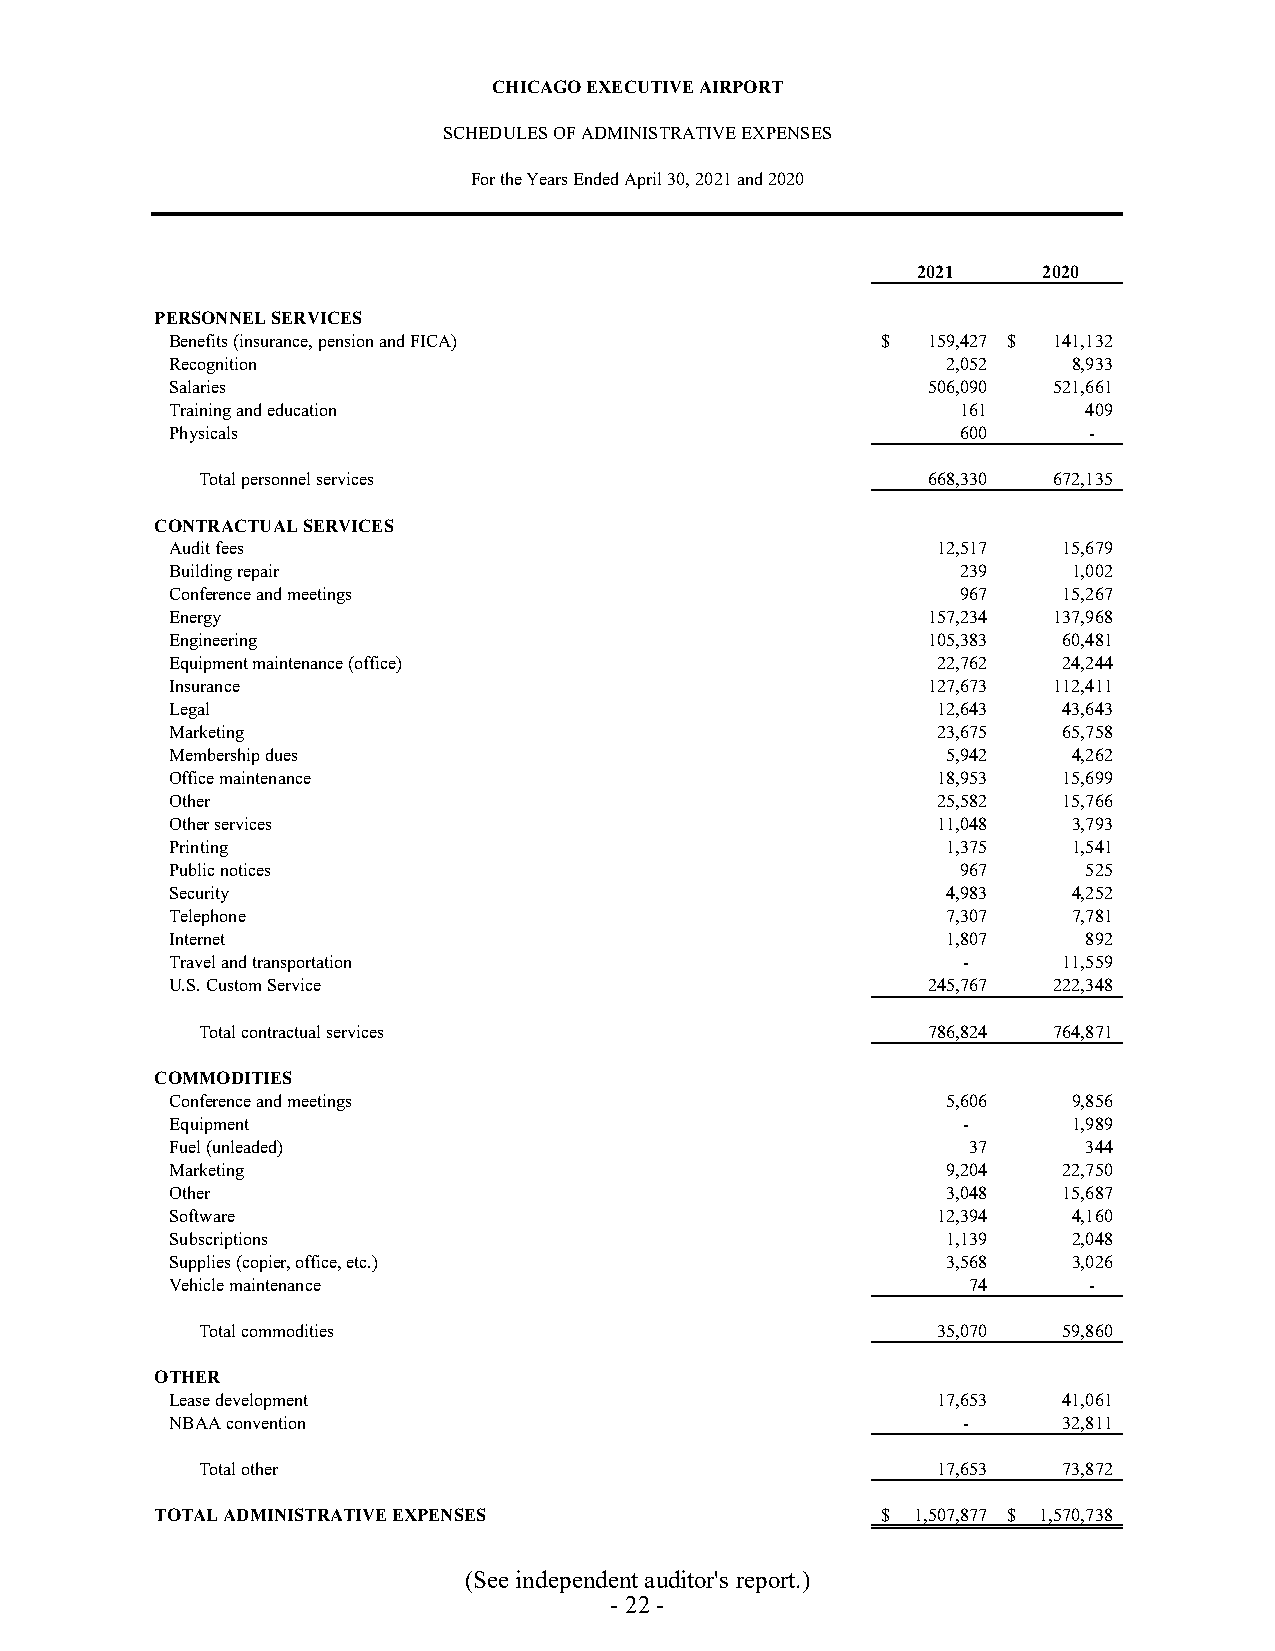
CHICAGO EXECUTIVE AIRPORT
 SCHEDULES OF ADMINISTRATIVE EXPENSES
 For the Years Ended April 30, 2021 and 2020
 2021    2020
 PERSONNEL SERVICES
 Benefits (insurance, pension and FICA)         $  159,427 $ 141,132
 Recognition                                         2,052   8,933
 Salaries                                          506,090  521,661
 Training and education                               161     409
 Physicals                                            600     -
 Total personnel services                        668,330  672,135
 CONTRACTUAL SERVICES
 Audit fees                                         12,517  15,679
 Building repair                                      239    1,002
 Conference and meetings                              967   15,267
 Energy                                            157,234  137,968
 Engineering                                       105,383  60,481
 Equipment maintenance (office)                     22,762  24,244
 Insurance                                         127,673  112,411
 Legal                                              12,643  43,643
 Marketing                                          23,675  65,758
 Membership dues                                     5,942   4,262
 Office maintenance                                 18,953  15,699
 Other                                              25,582  15,766
 Other services                                     11,048   3,793
 Printing                                            1,375   1,541
 Public notices                                       967     525
 Security                                            4,983   4,252
 Telephone                                           7,307   7,781
 Internet                                            1,807    892
 Travel and transportation                            -     11,559
 U.S. Custom Service                               245,767  222,348
 Total contractual services                      786,824  764,871
 COMMODITIES
 Conference and meetings                             5,606   9,856
 Equipment                                            -      1,989
 Fuel (unleaded)                                      37      344
 Marketing                                           9,204  22,750
 Other                                               3,048  15,687
 Software                                           12,394   4,160
 Subscriptions                                       1,139   2,048
 Supplies (copier, office, etc.)                     3,568   3,026
 Vehicle maintenance                                  74      -
 Total commodities                                35,070  59,860
 OTHER
 Lease development                                  17,653  41,061
 NBAA convention                                      -     32,811
 Total other                                      17,653  73,872
 TOTAL ADMINISTRATIVE EXPENSES                   $  1,507,877 $ 1,570,738
 (See independent auditor's report.)
 - 22 -